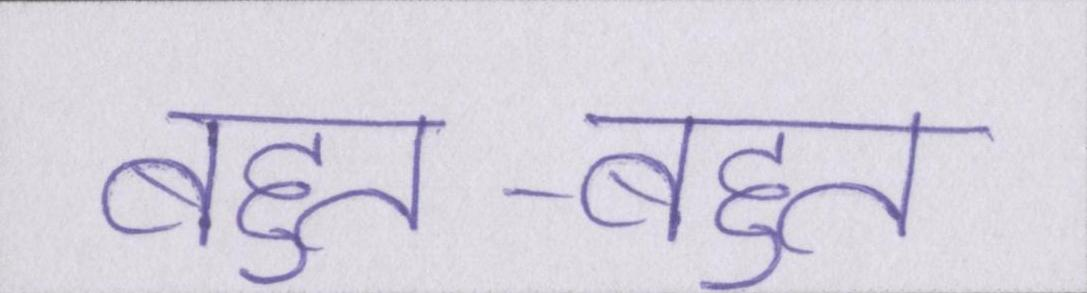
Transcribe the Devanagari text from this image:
बहुत-बहुत